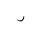
Letter: _ra